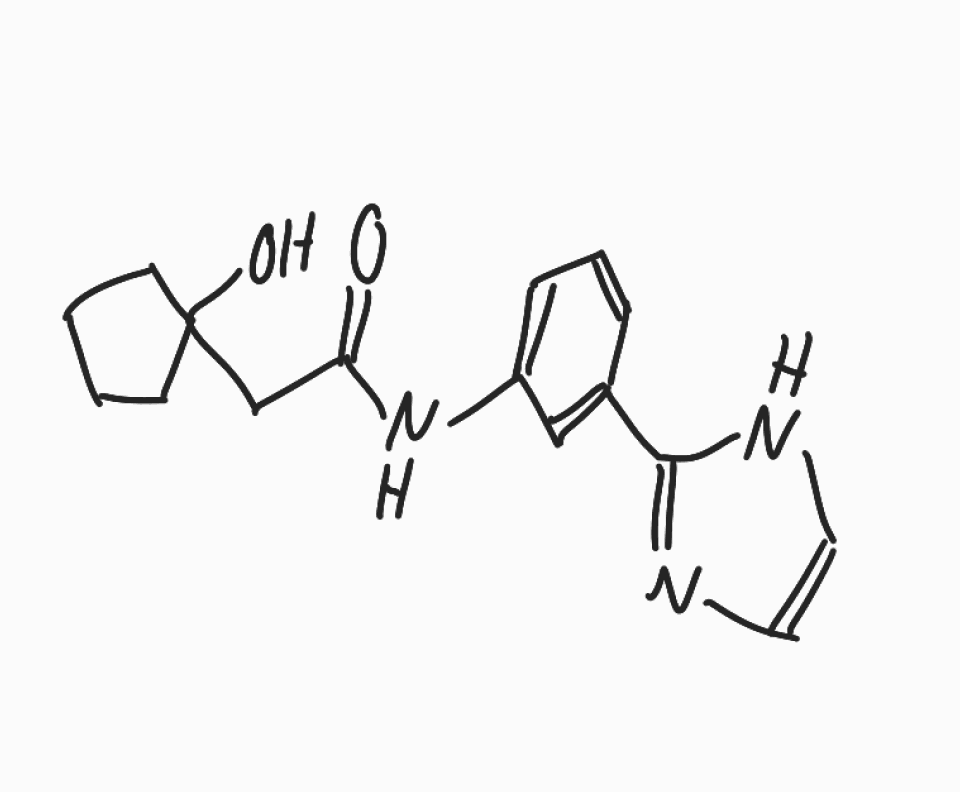
Simplified molecular-input line-entry system (SMILES) notation of the given molecule:
C1CCC(C1)(CC(=O)NC2=CC=CC(=C2)C3=NC=CN3)O